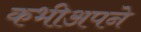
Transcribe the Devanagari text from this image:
कभीअपने